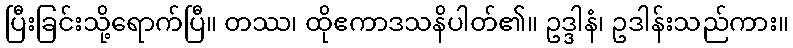
ပြီးခြင်းသို့ရောက်ပြီ။ တဿ၊ ထိုဧကာဒသနိပါတ်၏။ ဥဒ္ဒါနံ၊ ဥဒါန်းသည်ကား။